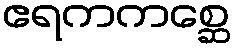
ဧရကကစ္ဆေ